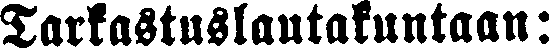
Tarkastuslautakuntaan: